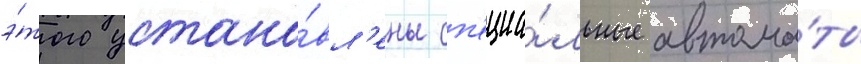
э́того устано́вл'ены сп'ециа́льные автома́ты